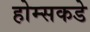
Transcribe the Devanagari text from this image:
होम्सकडे